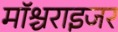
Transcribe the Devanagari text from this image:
मॉश्चराइजर